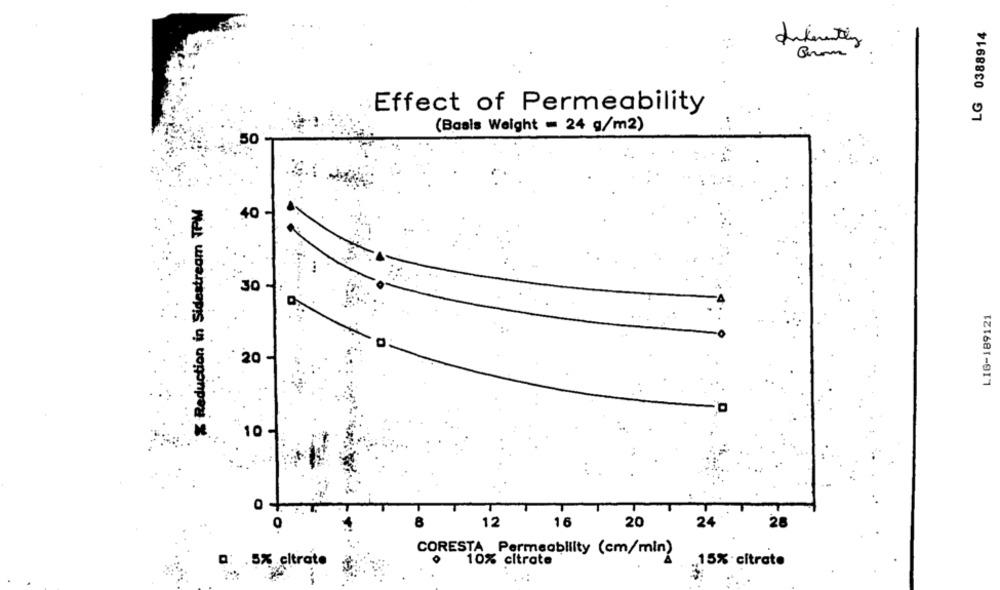
LG 0388914
Effect of Permeability
(Basis Weight = 24 g/m2)
50
% Reduction in Sidestream TPM
40
30 -
LIG-189121
20
10
8
12
16
20
24
28
CORESTA Permeability (cm/min)
a: . 5% citrate
10% citrate
.15% citrate